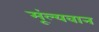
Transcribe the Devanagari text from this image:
मूंल्‍यवान